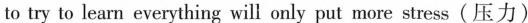
to try to learn everything will only put more stress(压力)